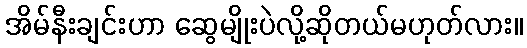
အိမ်နီးချင်းဟာ ဆွေမျိုးပဲလို့ဆိုတယ်မဟုတ်လား။